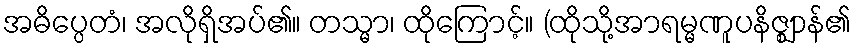
အဓိပ္ပေတံ၊ အလိုရှိအပ်၏။ တသ္မာ၊ ထိုကြောင့်။ (ထိုသို့အာရမ္မဏူပနိဇ္ဈာန်၏